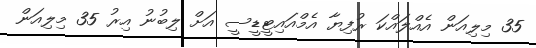
35 މިލިއަން އެއްލައްކަ ރުފިޔާ އެމްއައިޓީޑީސީ އަށް ލިބުނު އިރު 35 މިލިއަން